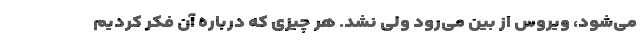
می‌شود، ویروس از بین می‌رود ولی نشد. هر چیزی که درباره آن فکر کردیم